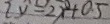
y = 2 x + 0 . 5